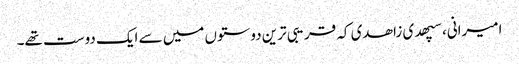
امیرانی، سپھدی زاھدی کہ قریبی ترین دوستوں میں سے ایک دوست تھے۔